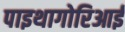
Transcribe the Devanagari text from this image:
पाइथागोरिआई